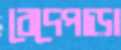
বেদেপাড়া